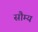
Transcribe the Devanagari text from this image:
सौम्‍य